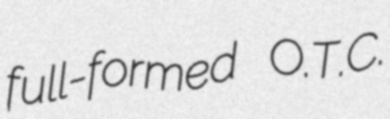
full-formed O.T.C.